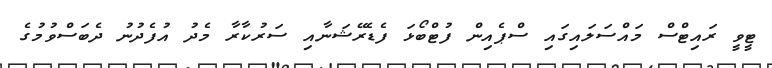
ޓީވީ ރައިޓްސް މައްސަލައިގައި ސްޕެއިން ފުޓްބޯޅަ ފެޑެރޭޝަނާއި ސަރުކާރާ މެދު އުފެދުނު ދެބަސްވުމުގެ